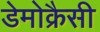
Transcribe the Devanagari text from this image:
डेमोक्रैसी